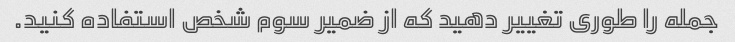
جمله را طوری تغییر دهید که از ضمیر سوم شخص استفاده کنید.